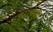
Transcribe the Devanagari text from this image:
ह्याचेही